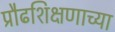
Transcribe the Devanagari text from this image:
प्रौढशिक्षणाच्या